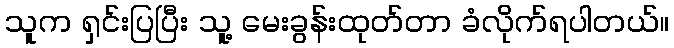
သူက ရှင်းပြပြီး သူ့ မေးခွန်းထုတ်တာ ခံလိုက်ရပါတယ်။